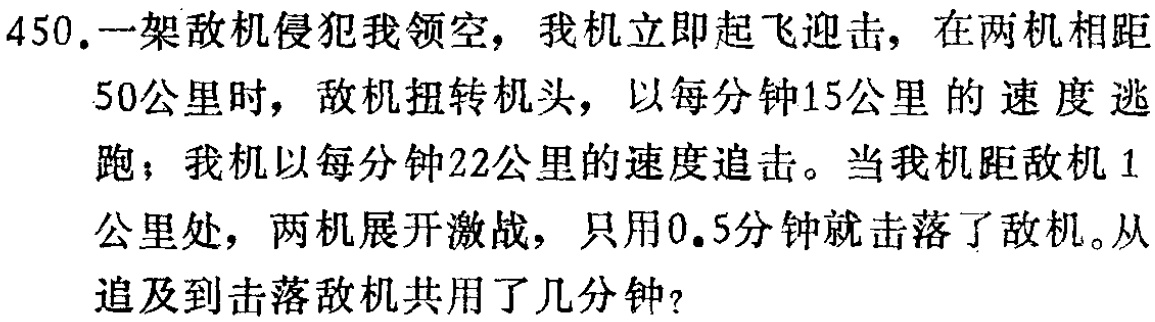
450.一架敌机侵犯我领空，我机立即起飞迎击，在两机相距

50公里时，敌机扭转机头，以每分钟15公里的速度 逃

跑；我机以每分钟22公里的速度追击。当我机距敌机1

公里处，两机展开激战，只用0.5分钟就击落了敌机。从

追及到击落敌机共用了几分钟？